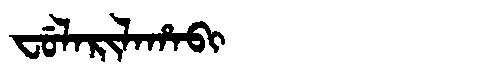
Manchu: ᠸᡠᠯᠠᡵᡳᠯᠠᡥᠠᠪᡳ
Romanization: FULARILAHABI